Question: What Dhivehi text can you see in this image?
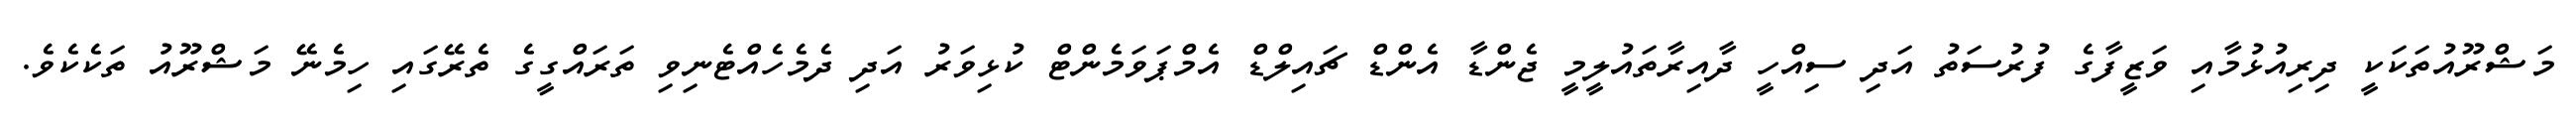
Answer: މަޝްރޫއުތަކަކީ ދިރިއުޅުމާއި ވަޒީފާގެ ފުރުސަތު އަދި ސިއްހީ ދާއިރާތައުލީމީ ޖެންޑާ އެންޑް ޗައިލްޑް އެމްޕަވަމެންޓް ކުޅިވަރު އަދި ދެމެހެއްޓެނިވި ތަރައްގީގެ ތެރޭގައި ހިމެނޭ މަޝްރޫއު ތަކެކެވެ.